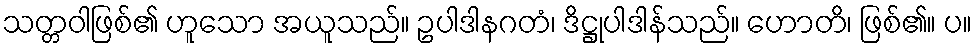
သတ္တဝါဖြစ်၏ ဟူသော အယူသည်။ ဥပါဒါနဂတံ၊ ဒိဋ္ဌုပါဒါန်သည်။ ဟောတိ၊ ဖြစ်၏။ ပ။